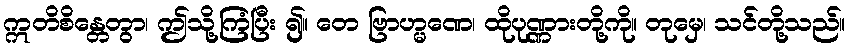
ဣတိစိန္တေတွာ၊ ဤသို့ကြံပြီး ၍။ တေ ဗြာဟ္မဏေ၊ ထိုပုဏ္ဏားတို့ကို။ တုမှေ၊ သင်တို့သည်။